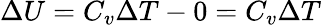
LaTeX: \Delta U=C_{v}\Delta T-0=C_{v}\Delta T